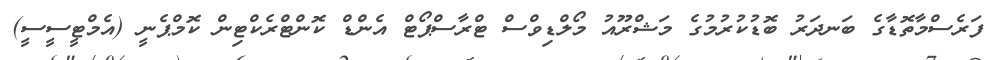
ފަރެސްމާތޮޑާގެ ބަނދަރު ބޮޑުކުރުމުގެ މަޝްރޫއު މޯލްޑިވްސް ޓްރާސްޕޯޓް އެންޑް ކޮންޓްރެކްޓިން ކޮމްޕެނީ (އެމްޓީސީސީ)